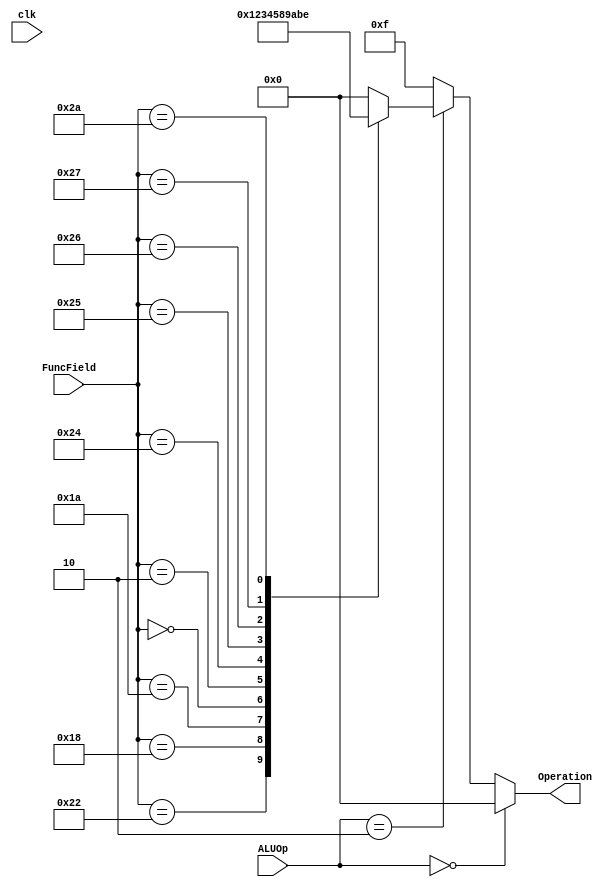
module alu_control(
input clk,
input [5:0] FuncField,
input [1:0] ALUOp,
output reg [3:0] Operation);


    always @(ALUOp or FuncField) begin
	   if (ALUOp == 2'b00) begin
		Operation = 4'b0000;
		end
		else if(ALUOp == 2'b10) begin
        case (FuncField)
            6'b100000: Operation <= 4'b0000;  // add 
            6'b100010: Operation <= 4'b0001;  // sub
				6'b011000: Operation <= 4'b0010;  //mul
				6'b011010: Operation <= 4'b0011;  //div
				6'b000000: Operation <= 4'b0100;  //sll
				6'b000010: Operation <= 4'b0101;  //srl
				6'b100100: Operation <= 4'b1000;  // and
            6'b100101: Operation <= 4'b1001;  // or
				6'b100110: Operation <= 4'b1010;  //xor
				6'b100111: Operation <= 4'b1011;  //nor
            6'b101010: Operation <= 4'b1110;  // SLT
            default: Operation <= 4'b0000;   // Default no operation
        endcase
    end
	 else begin Operation <= 4'b1111;
	 end
	 end
endmodule